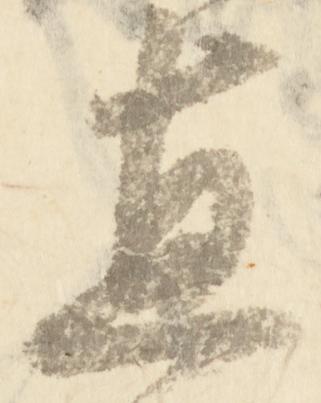
直